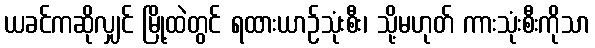
ယခင်ကဆိုလျှင် မြို့ထဲတွင် ရထားယာဉ်သုံးစီး၊ သို့မဟုတ် ကားသုံးစီးကိုသာ